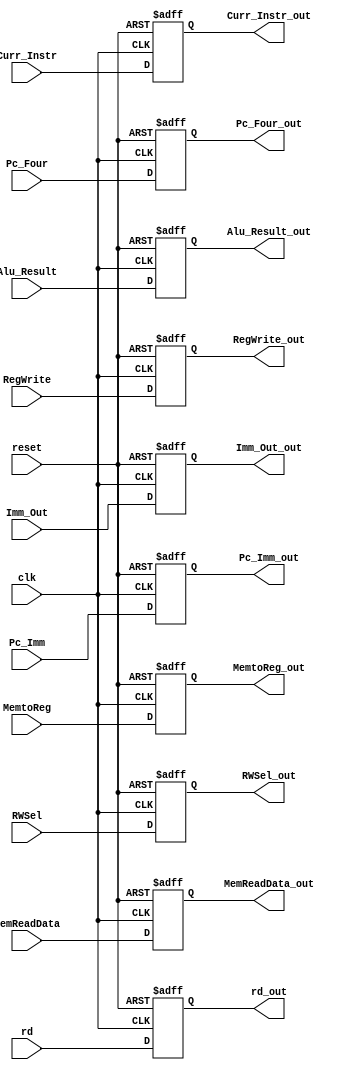
`timescale 1ns / 1ps

module LatchD (
    input clk,
    input reset,
    input RegWrite,
    input MemtoReg,
    input [1:0] RWSel,
    input [31:0] Pc_Imm,
    input [31:0] Pc_Four,
    input [31:0] Imm_Out,
    input [31:0] Alu_Result,
    input [31:0] MemReadData,
    input [4:0] rd,
    input [31:0] Curr_Instr,
    output reg RegWrite_out,
    output reg MemtoReg_out,
    output reg [1:0] RWSel_out,
    output reg [31:0] Pc_Imm_out,
    output reg [31:0] Pc_Four_out,
    output reg [31:0] Imm_Out_out,
    output reg [31:0] Alu_Result_out,
    output reg [31:0] MemReadData_out,
    output reg [4:0] rd_out,
    output reg [31:0] Curr_Instr_out
);

    always @(posedge clk or negedge reset) begin
        if (!reset) begin
            // Initialize outputs to zero when reset is asserted
            RegWrite_out <= 0;
            MemtoReg_out <= 0;
            RWSel_out <= 0;
            Pc_Imm_out <= 0;
            Pc_Four_out <= 0;
            Imm_Out_out <= 0;
            Alu_Result_out <= 0;
            MemReadData_out <= 0;
            rd_out <= 0;
            Curr_Instr_out <= 0;
        end else begin
            // Update outputs on the positive edge of the clock
            RegWrite_out <= RegWrite;
            MemtoReg_out <= MemtoReg;
            RWSel_out <= RWSel;
            Pc_Imm_out <= Pc_Imm;
            Pc_Four_out <= Pc_Four;
            Imm_Out_out <= Imm_Out;
            Alu_Result_out <= Alu_Result;
            MemReadData_out <= MemReadData;
            rd_out <= rd;
            Curr_Instr_out <= Curr_Instr;
        end
    end

endmodule